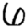
Digit: 6